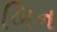
બિન